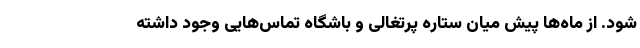
شود. از ماه‌ها پیش میان ستاره پرتغالی و باشگاه تماس‌هایی وجود داشته